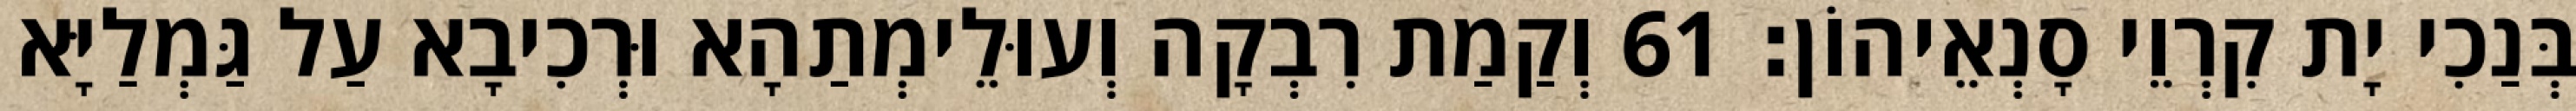
בְּנַכִי יָת קִרְוֵי סָנְאֵיהוֹן׃ 61 וְקַמַת רִבְקָה וְעוּלֵימְתַהָא וּרְכִיבָא עַל גַּמְלַיָּא